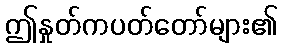
ဤနှုတ်ကပတ်တော်များ၏